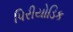
પિરીયોડિક